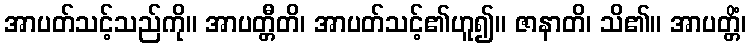
အာပတ်သင့်သည်ကို။ အာပတ္တီတိ၊ အာပတ်သင့်၏ဟူ၍။ ဇာနာတိ၊ သိ၏။ အာပတ္တိံ၊